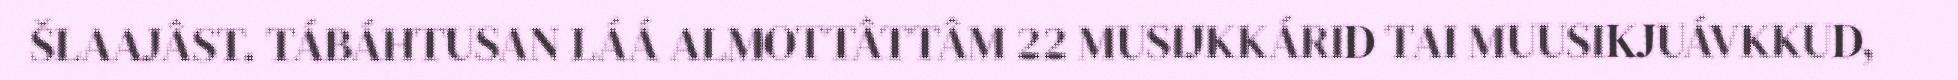
ŠLAAJÂST. TÁBÁHTUSAN LÁÁ ALMOTTÂTTÂM 22 MUSIJKKÁRID TAI MUUSIKJUÁVKKUD,